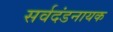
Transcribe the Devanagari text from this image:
सर्वदंडनायक